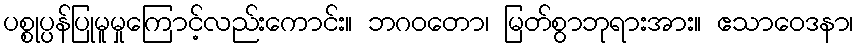
ပစ္စုပ္ပန်ပြုမူမှုကြောင့်လည်းကောင်း။ ဘဂဝတော၊ မြတ်စွာဘုရားအား။ ဧသာဝေဒနာ၊